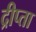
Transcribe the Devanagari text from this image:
द्रीप्ता